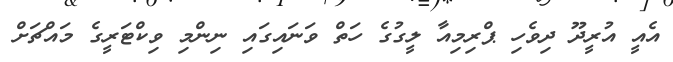
އެއީ އުރީދޫ ދިވެހި ޕްރިމިއާ ލީގުގެ ހަތް ވަނައިގައި ނިންމި ވިކްޓަރީގެ މައްޗަށް